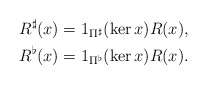
\begin{align*} R^{\sharp}(x) &= 1_{\Pi^\sharp}(\ker x) R(x), \\ R^{\flat}(x) &= 1_{\Pi^\flat}(\ker x) R(x).\end{align*}